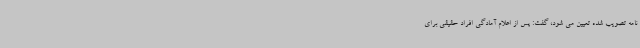
نامه تصویب شده تعیین می شود، گفت: پس از اعلام آمادگی افراد حقیقی برای